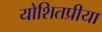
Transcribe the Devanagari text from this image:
योशितप्रीया